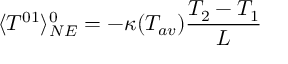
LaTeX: \langle { \cal T } ^ { 0 1 } \rangle _ { N E } ^ { 0 } = - \kappa ( T _ { a v } ) \frac { T _ { 2 } - T _ { 1 } } { L }